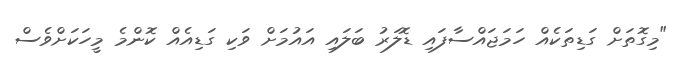
"މިގޮތަށް ގަޑިތަކެއް ހަމަޖައްސާފައި ޑޮލަރު ބަލައި އައުމަށް ވަކި ގަޑިއެއް ކޮންމެ މީހަކަށްވެސް